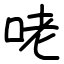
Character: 咾